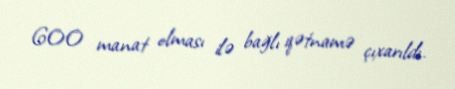
600 manat olması ilə bağlı qətnamə çıxarıldı.